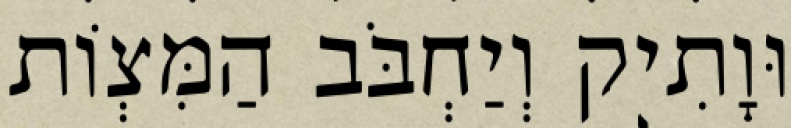
וּוָתִיק וְיַחְבֹּב הַמִּצְוֹת